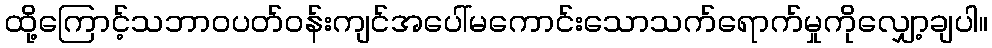
ထို့ကြောင့်သဘာဝပတ်ဝန်းကျင်အပေါ်မကောင်းသောသက်ရောက်မှုကိုလျှော့ချပါ။